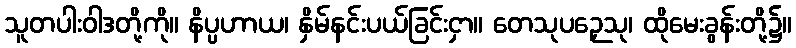
သူတပါးဝါဒတို့ကို။ နိပ္ပဟာယ၊ နှိမ်နင်းပယ်ခြင်းငှာ။ တေသုပဉှေသု၊ ထိုမေးခွန်းတို့၌။